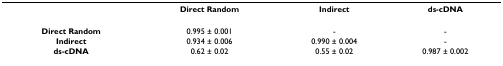
<table><thead><tr><td></td><td><b>Direct Random</b></td><td><b>Indirect</b></td><td><b>ds-cDNA</b></td></tr></thead><tbody><tr><td><b>Direct Random</b></td><td>0.995 ± 0.001</td><td>-</td><td>-</td></tr><tr><td><b>Indirect</b></td><td>0.934 ± 0.006</td><td>0.990 ± 0.004</td><td>-</td></tr><tr><td><b>ds-cDNA</b></td><td>0.62 ± 0.02</td><td>0.55 ± 0.02</td><td>0.987 ± 0.002</td></tr></tbody></table>